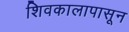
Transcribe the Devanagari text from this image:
शिवकालापासून